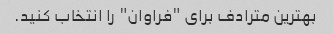
بهترین مترادف برای "فراوان" را انتخاب کنید.